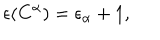
LaTeX: \epsilon ( C ^ { \alpha } ) = \epsilon _ { \alpha } + 1 ,